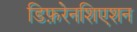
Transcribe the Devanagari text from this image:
डिफ़रेनशिएशन